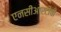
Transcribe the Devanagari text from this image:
एनसीआरटीची